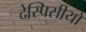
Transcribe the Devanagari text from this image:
देस्पिसीयो